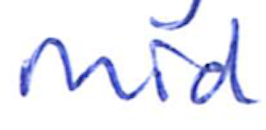
Text: Mid
Cross-out: clean
Writing tool: ballpoint